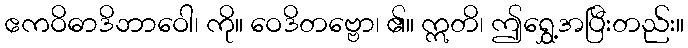
ဧကဝိဓာဒိဘာဝေါ၊ ကို။ ဝေဒိတဗ္ဗော၊ ၏။ ဣတိ၊ ဤရွှေ့အပြီးတည်း။